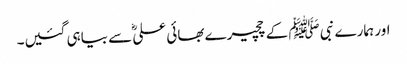
اور ہمارے نبی ﷺ کے چچیرے بھائی علیؓ سے بیاہی گئیں۔